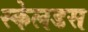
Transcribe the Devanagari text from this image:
स्केलडस